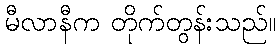
မီလာနီက တိုက်တွန်းသည်။